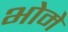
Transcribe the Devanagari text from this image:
भोमे